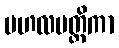
ဗဟလမတ္တိကာ